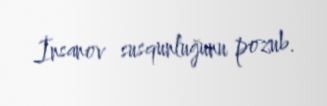
İnsanov susqunluğunu pozub.